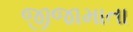
જીજામાતા